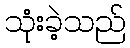
သုံးခဲ့သည်